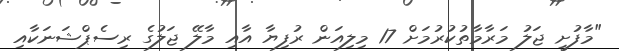
"މާފުށީ ޖަލު މަރާމާތުކުރުމަށް 17 މިލިއަން ރުފިޔާ އާއި މާލޭ ޖަލުގެ ރިސެޕްޝަނަކާއި